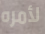
لأمره